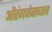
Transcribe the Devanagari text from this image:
औरंगजेबाच्याच